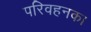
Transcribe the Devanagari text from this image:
परिवहनका